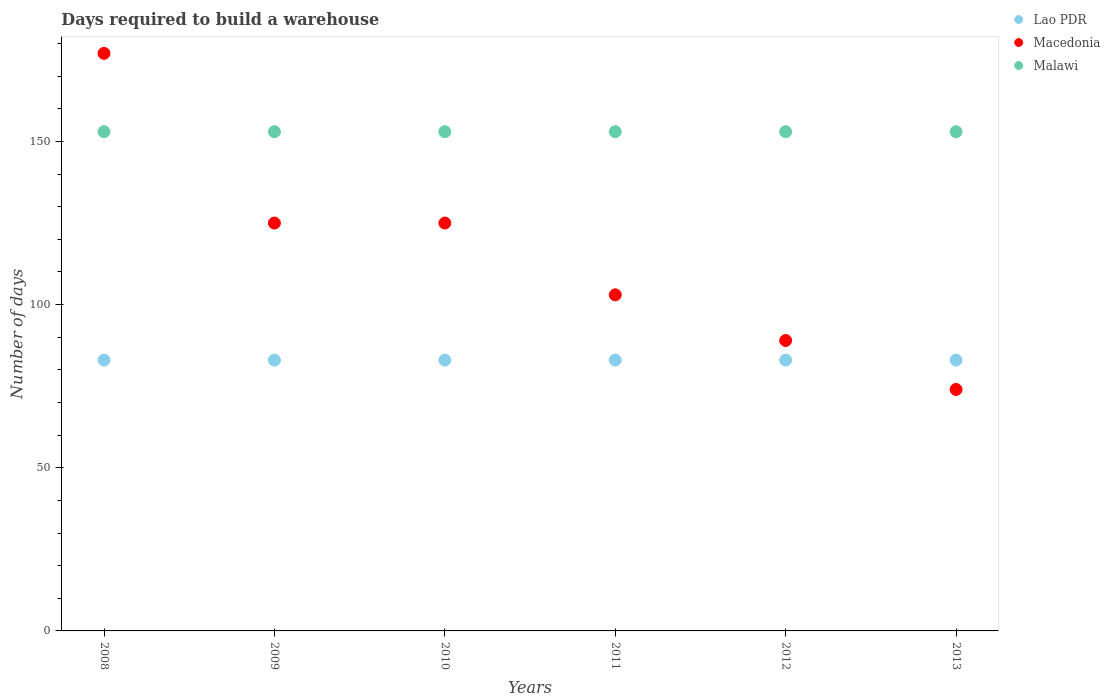
| Years | Lao PDR | Macedonia | Malawi |
 | --- | --- | --- | --- |
 | 2008 | 83 | 177 | 153 |
 | 2009 | 83 | 125 | 153 |
 | 2010 | 83 | 125 | 153 |
 | 2011 | 83 | 103 | 153 |
 | 2012 | 83 | 89 | 153 |
 | 2013 | 83 | 74 | 153 |